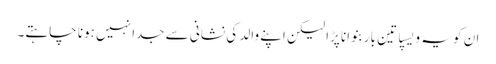
ان کو یہ ویسپا تین بار بنوانا پڑا لیکن اپنے والد کی نشانی سے جدا نہیں ہونا چاہتے۔